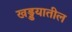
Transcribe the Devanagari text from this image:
खड्डयातील